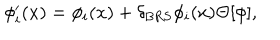
\phi _ { i } ^ { \prime } ( x ) = \phi _ { i } ( x ) + \delta _ { \mathrm { B R S } } \phi _ { i } ( x ) \Theta [ \phi ] ,